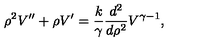
\rho ^ { 2 } V ^ { \prime \prime } + \rho V ^ { \prime } = { \frac { k } { \gamma } } { \frac { d ^ { 2 } } { d \rho ^ { 2 } } } V ^ { \gamma - 1 } ,